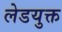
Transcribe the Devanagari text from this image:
लेडयुक्त